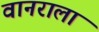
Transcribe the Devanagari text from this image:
वानराला